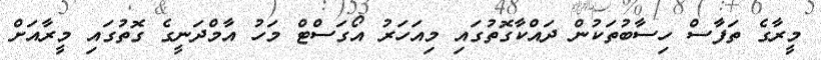
މީރާގެ ތަފާސް ހިސާބުތަކުން ދައްކާގޮތުގައި މިއަހަރު އޯގަސްޓް މަހު އާމްދަނީގެ ގޮތުގައި މީރާއަށް